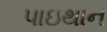
પાઇથાન